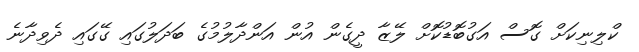
ކްލިނިކަށް ގޮސް އަގުބޮޑުކޮށް ލޭޒާ ދީގެން އުން އަންދާލުމުގެ ބަދަލުގައި ގޭގައި ދެވިދާނެ